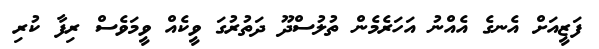
ފަޒީއަށް އެނގެ އެއްނު އަހަރެމެން ތުލުސްދޫ ދަތުރުގަ ވީކެއް ވީމަވެސް ރިފާ ކުރި